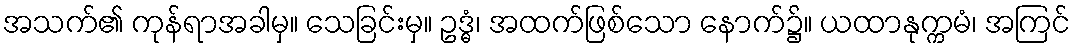
အသက်၏ ကုန်ရာအခါမှ။ သေခြင်းမှ။ ဥဒ္ဓံ၊ အထက်ဖြစ်သော နောက်၌။ ယထာနုက္ကမံ၊ အကြင်